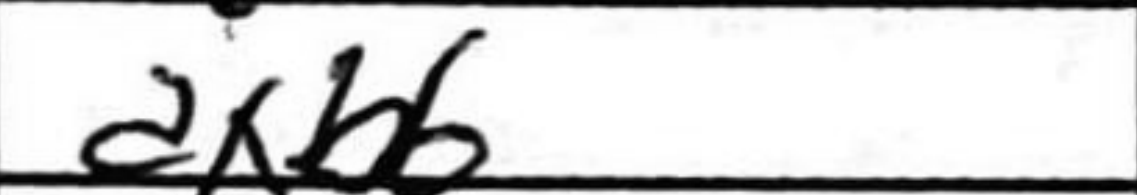
Transcription: dxb6